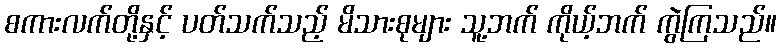
စကားလက်တို့နှင့် ပတ်သက်သည့် မိသားစုများ သူ့ဘက် ကိုယ့်ဘက် ကွဲကြသည်။